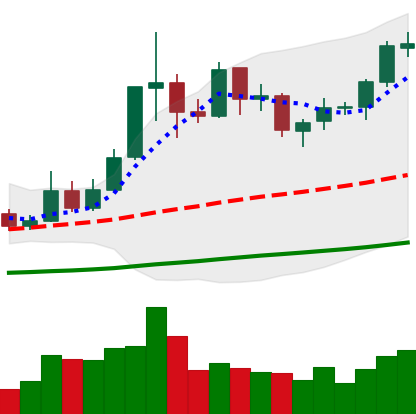
Ticker: ETC-USD
Chart end date: 2019-05-28
Forward return: 15.755%
Label: up_7plus